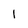
Character: 1